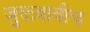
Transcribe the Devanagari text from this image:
जुळवावीच